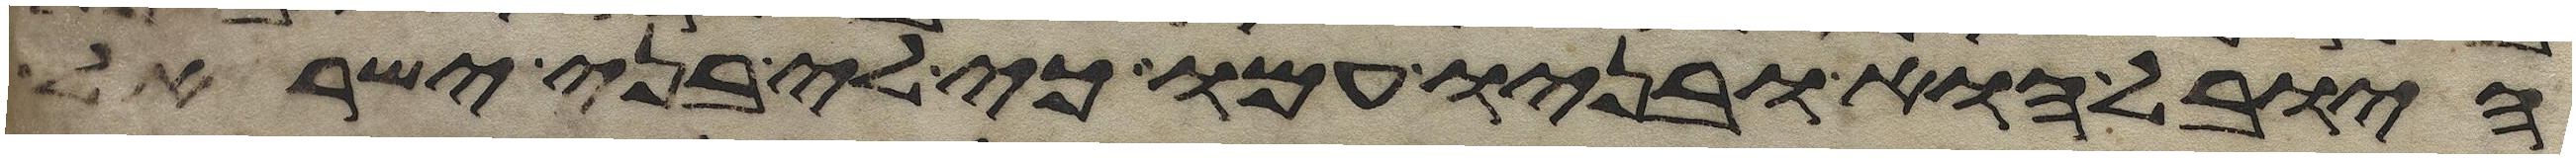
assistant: היובל הוא ובניו עמו כי לי בני ישראל